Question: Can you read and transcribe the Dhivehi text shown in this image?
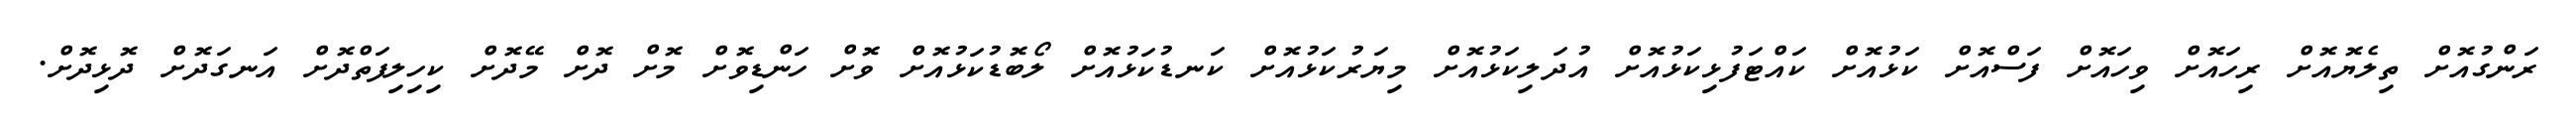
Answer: ރަންގުއޮށް ތިލެޔޮއޮށް ރިހައޮށް ވިހައޮށް ފަސްއޮށް ކަޅުއޮށް ކައްޓަފުޅިކަޅުއޮށް އުދަލިކަޅުއޮށް މިޔަރުކަޅުއޮށް ކަނޑުކަޅުއޮށް ލޯބޮޑުކަޅުއޮށް ވޮށް ހަންޑިވޮށް މޮށް ދޮށް މޭދޮށް ކިހިލިފަތްދޮށް އަނގަދޮށް ދޮޅިދޮށް.